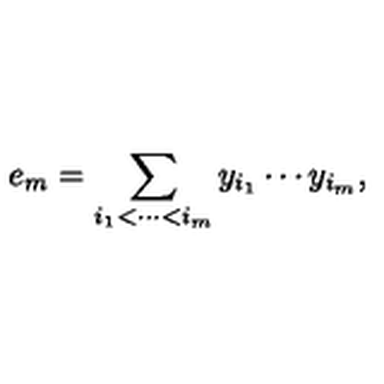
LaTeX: e _ { m } = \sum _ { i _ { 1 } < \cdots < i _ { m } } y _ { i _ { 1 } } \cdots y _ { i _ { m } } , \quad